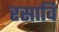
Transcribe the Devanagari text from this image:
रसावि